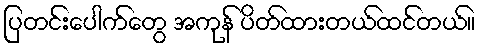
ပြတင်းပေါက်တွေ အကုန် ပိတ်ထားတယ်ထင်တယ်။